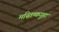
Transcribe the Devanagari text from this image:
मस्तिष्कगुहा